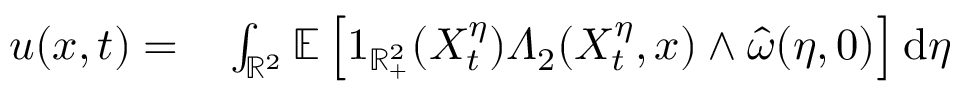
\begin{array} { r l } { u ( x , t ) = } & { { } \int _ { \mathbb { R } ^ { 2 } } \mathbb { E } \left[ 1 _ { \mathbb { R } _ { + } ^ { 2 } } ( X _ { t } ^ { \eta } ) \varLambda _ { 2 } ( X _ { t } ^ { \eta } , x ) \wedge \hat { \omega } ( \eta , 0 ) \right] \mathrm { d } \eta } \end{array}